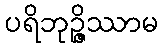
ပရိဘုဉ္ဇိဿာမ